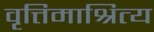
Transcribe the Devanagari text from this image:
वृत्तिमाश्रित्य